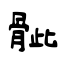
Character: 骴